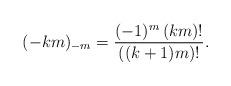
LaTeX: \begin{align*}(-km)_{-m} = \frac{(-1)^{m} \, (km)!}{((k+1)m)!}.\end{align*}